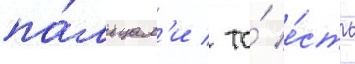
па́льцам'и / то́ е́сть